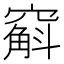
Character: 𫁚